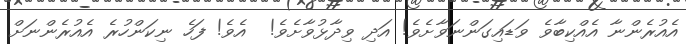
އެއުރެންނާ އެއްކިބާވެ ވަޑައިގަންނަވާށެވެ! އަދި ވިދާޅުވާށެވެ!  އެވެ! ފަހެ ނިކަންހުރެ އެއުރެންނަށް